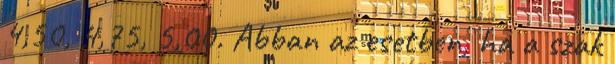
4,50, 4,75, 5,00. Abban az esetben, ha a szak